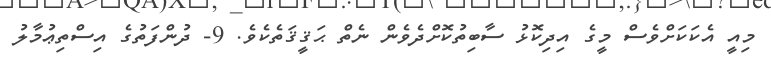
މިއީ އެކަކަށްވެސް މީގެ އިދިކޮޅު ސާބިތުކޮށްދެވެން ނެތް ޙަޤީޤަތެކެވެ. 9- ދުންފަތުގެ އިސްތިޢުމާލު